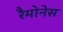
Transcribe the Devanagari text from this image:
रैमोनेस